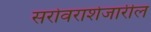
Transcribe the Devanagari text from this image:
सरोवराशेजारील